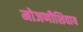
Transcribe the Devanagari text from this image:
मोजणीशिवाय